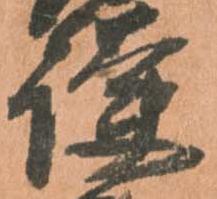
護